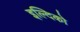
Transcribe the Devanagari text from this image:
इल्दिको